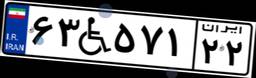
۶۳W۵۷۱۲۲